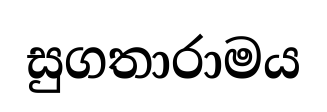
සුගතාරාමය